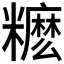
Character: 𥽓